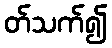
တ်သက်၍